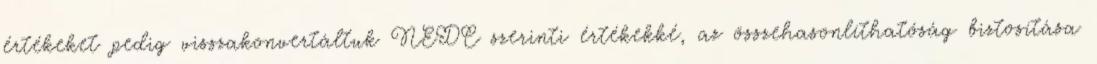
értékeket pedig visszakonvertáltuk NEDC szerinti értékekké, az összehasonlíthatóság biztosítása